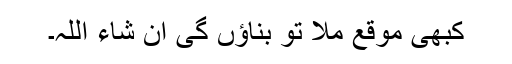
کبھی موقع ملا تو بناؤں گی ان شاء اللہ۔